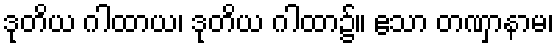
ဒုတိယ ဂါထာယ၊ ဒုတိယ ဂါထာ၌။ ဧသာ တဏှာနာမ၊